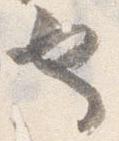
也